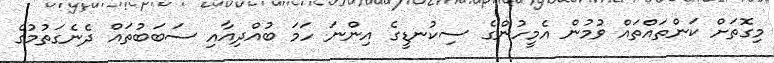
މިގޮތަށް ކަންތައްތައް ވުމުން އެމީހުންގެ ސިކުނޑީގެ އިންނަ ހަމަ ބުއްދިއާއި ސަބަބުތައް ދެނެގަތުމުގެ